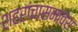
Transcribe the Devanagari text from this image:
शहरांचासमावेश